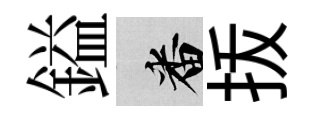
鎰番㧞